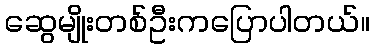
ဆွေမျိုးတစ်ဦးကပြောပါတယ်။